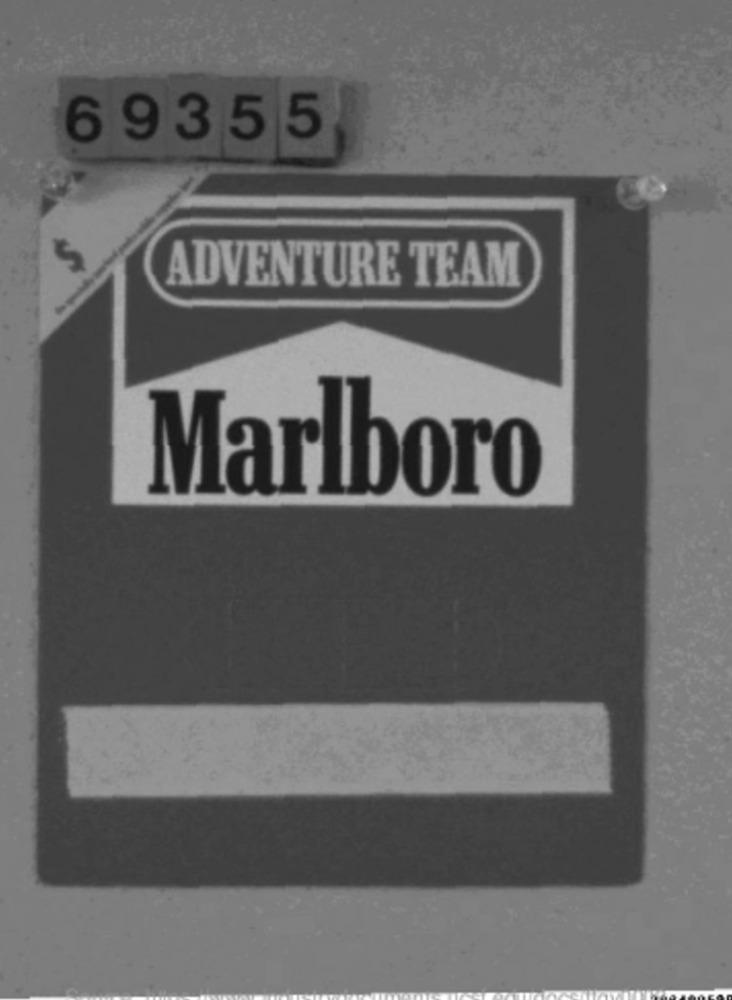
69355
ADVENTURE TEAM
Marlboro